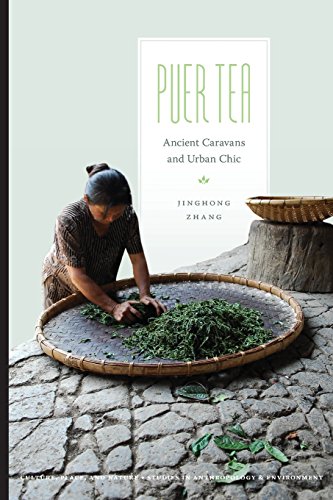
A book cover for Puer Tea: Ancient Caravans and Urban Chic (Culture, Place, and Nature); Jinghong Zhang; Cookbooks, Food & Wine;